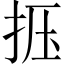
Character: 𰓗